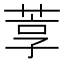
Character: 𬝇